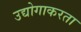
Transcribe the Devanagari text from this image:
उद्योगाकरता